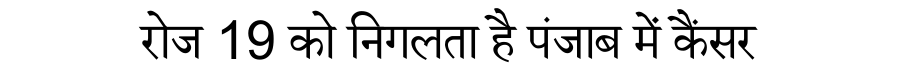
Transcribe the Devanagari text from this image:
रोज 19 को निगलता है पंजाब में कैंसर